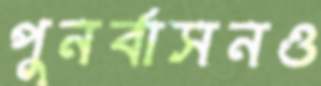
পুনর্বাসনও